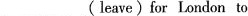
___ (leave) for London to